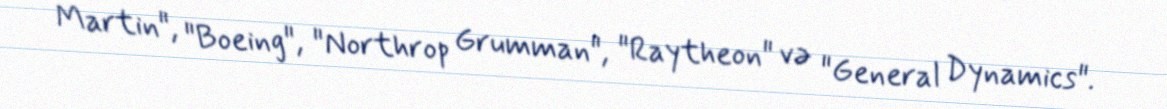
Martin", "Boeing", "Northrop Grumman", "Raytheon" və "General Dynamics".